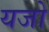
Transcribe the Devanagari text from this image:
यजो